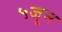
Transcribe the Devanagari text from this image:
५जून